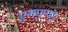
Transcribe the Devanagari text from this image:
एमएण्डए